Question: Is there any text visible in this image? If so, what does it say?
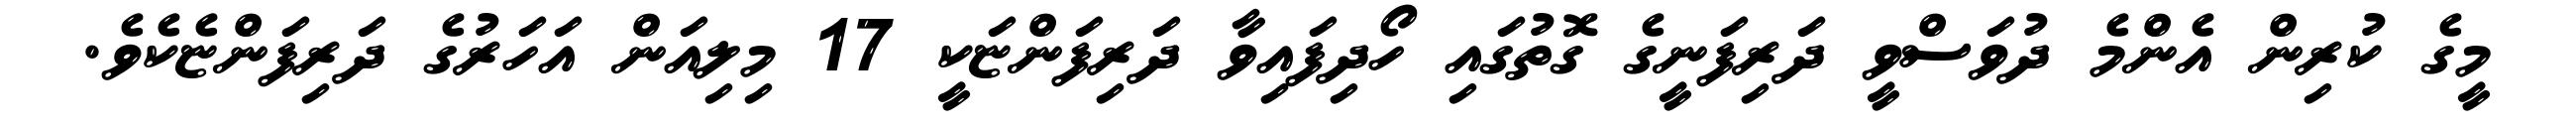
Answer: މީގެ ކުރިން އެންމެ ދުވަސްވީ ދަރިފަނީގެ ގޮތުގައި ހޯދިފައިވާ ދަރިފަންޏަކީ 17 މިލިއަން އަހަރުގެ ދަރިފަންޏެކެވެ.